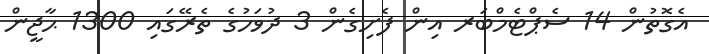
އެގޮތުން 14 ސެޕްޓެމްބަރ އިން ފެށިގެން 3 ދުވަހުގެ ތެރޭގައި 1300 ޙާޖީން